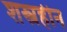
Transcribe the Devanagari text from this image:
शस्त्रहीन